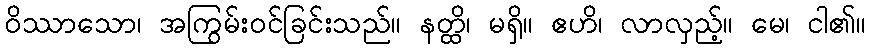
ဝိဿာသော၊ အကြွမ်းဝင်ခြင်းသည်။ နတ္ထိ၊ မရှိ။ ဧဟိ၊ လာလှည့်။ မေ၊ ငါ၏။